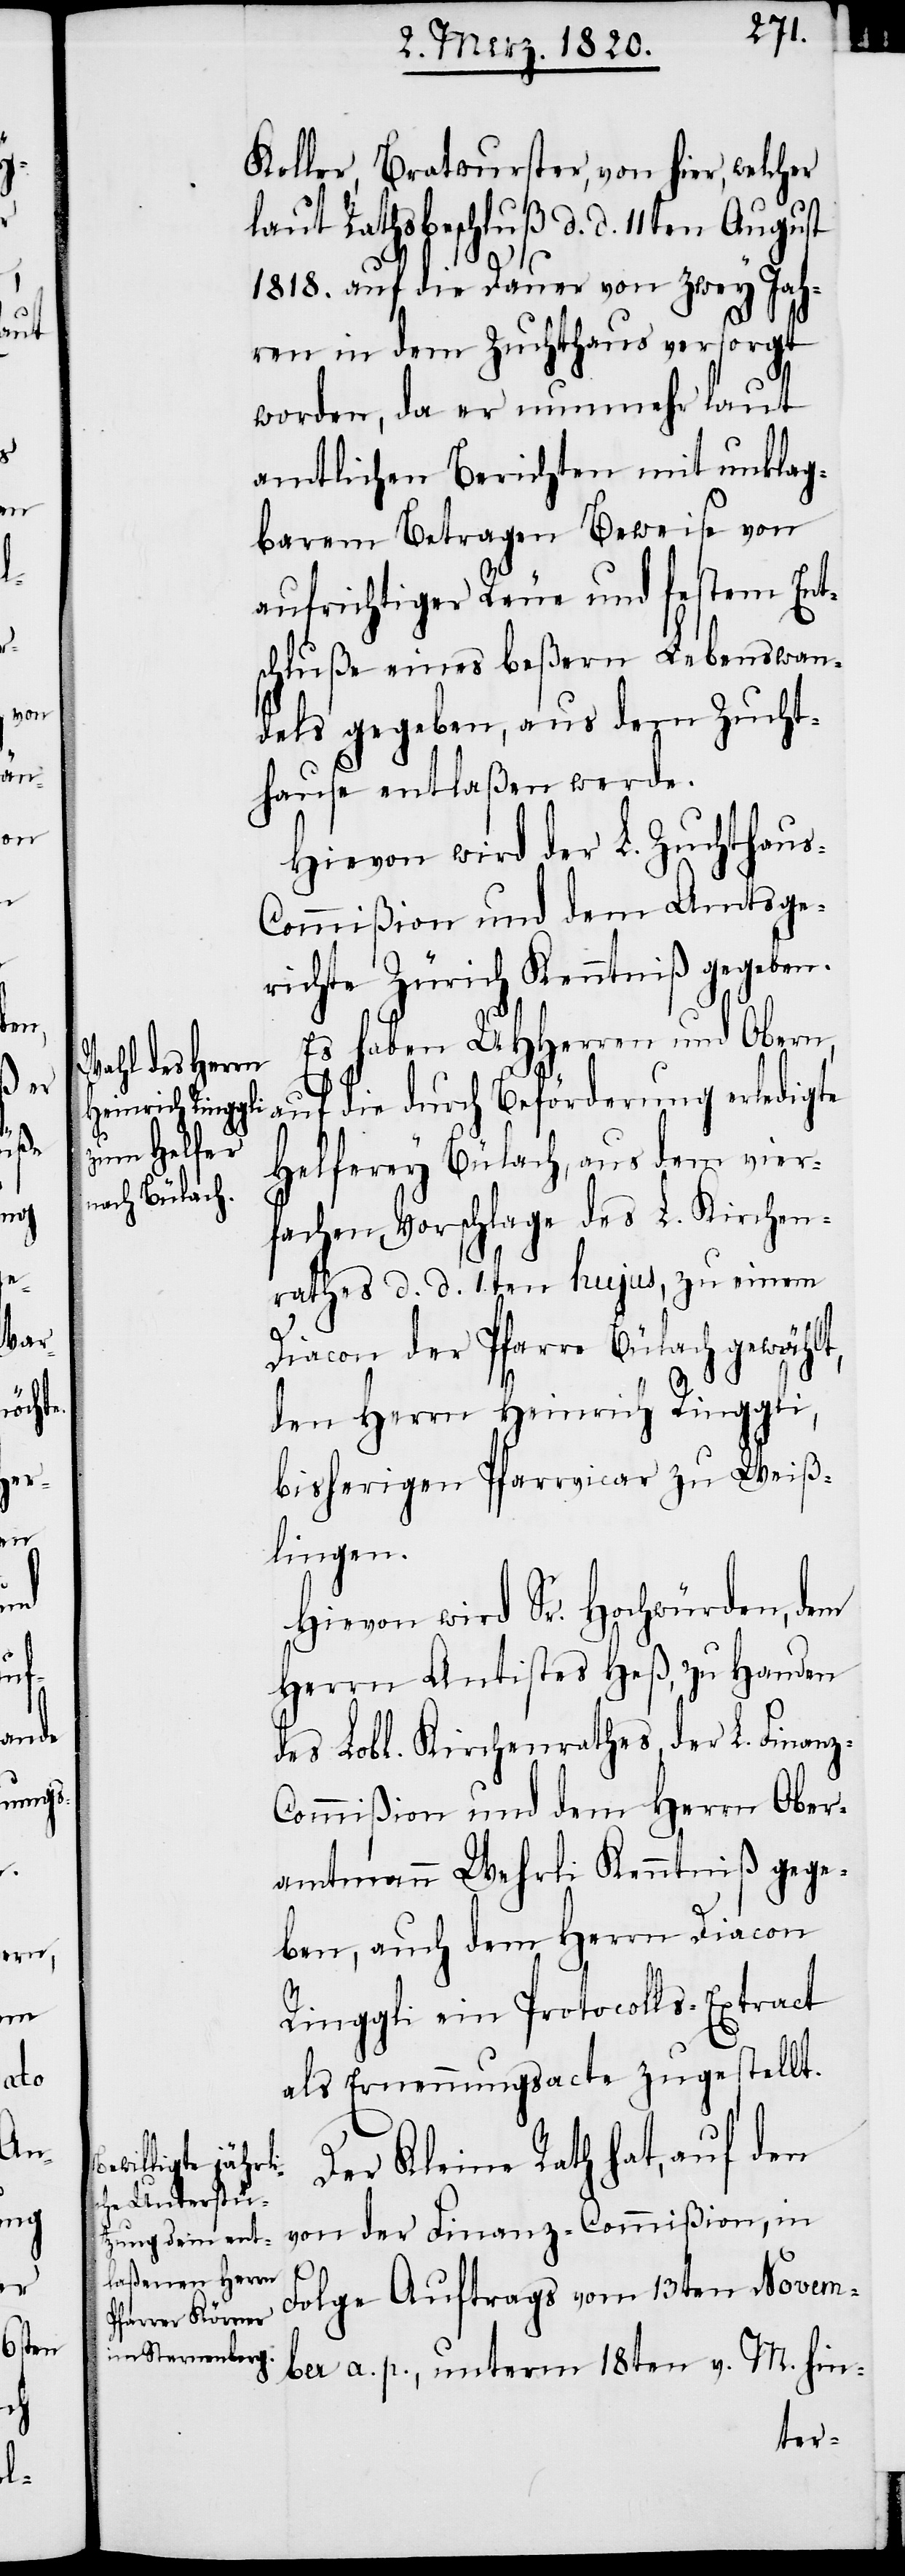
Koller, Bratwurster, von hier, welcher
laut Rathsbeschluß d. d. 11ten August
1818. auf die Dauer von zwey Jah¬
ren in dem Zuchthaus versorgt
worden, da er nunmehr laut
amtlichen Berichten mit unklag¬
barem Betragen Beweise von
aufrichtiger Reue und festem Ent¬
schluße eines beßern Lebenswan¬
dels gegeben, aus dem Zucht¬
hause entlaßen werde.
Hievon wird der L. Zuchthau¬
s-Commißion und dem Amtsge¬
richte Zürich Kenntniß gegeben.
Es haben UHHerren und Ober¬
n, auf die durch Beförderung erledigte
Helferey Bülach, aus dem vier¬
fachen Vorschlage des L. Kirchen¬
rathes d. d. 1sten hujus, zu einem
Diacon der Pfarre Bülach gewählt,
den Herrn Heinrich Ringgli,
bisherigen Pfarrvicar zu Weiß¬
lingen.
Hievon wird Sr. Hochwürden, dem
Herrn Antistes Heß, zu Handen
des Lobl. Kirchenrathes, der L. Finanz-C¬
ommißion und dem Herrn Ober¬
amtmann Wehrli Kenntniß gege¬
ben, auch dem Herrn Diacon
Ringgli ein Protocolls-Extract
als Ernennungsacte zugestellt.
Der Kleine Rath hat, auf den
von der Finanz-Commißion, in
Folge Auftrags vom 13ten Novem¬
ber a. p., unterm 18ten v. M. hin-